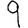
Digit: 9